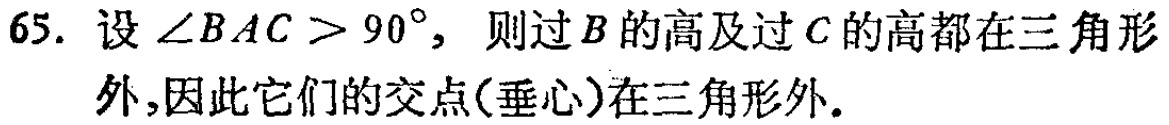
65. 设\(\angle BAC > 90^{\circ}\)，则过\(B\)的高及过\(C\)的高都在三角形外,因此它们的交点(垂心)在三角形外.